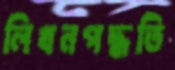
লিখনপদ্ধতি